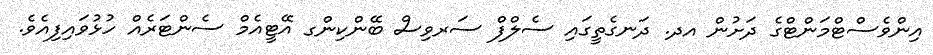
އިންވެސްޓްމަންޓްގެ ދަށުން އދ. ދަނގެތީގައި ސެލްފް ސަރވިސް ބޭންކިންގ އޭޓީއެމް ސެންޓަރެއް ހުޅުވައިފިއެެވެ.